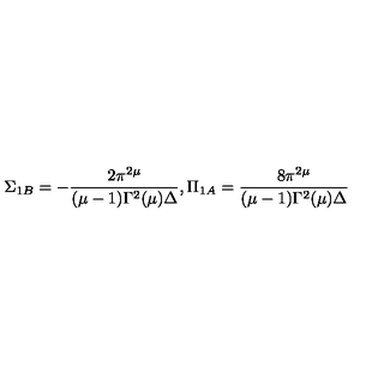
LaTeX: \Sigma _ { 1 B } = - \frac { 2 \pi ^ { 2 \mu } } { ( \mu - 1 ) \Gamma ^ { 2 } ( \mu ) \Delta } , \Pi _ { 1 A } = \frac { 8 \pi ^ { 2 \mu } } { ( \mu - 1 ) \Gamma ^ { 2 } ( \mu ) \Delta }